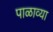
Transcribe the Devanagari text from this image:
पाळाव्या